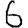
Digit: 6